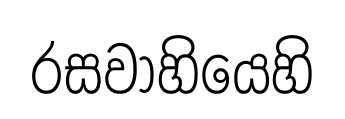
රසවාහියෙහි